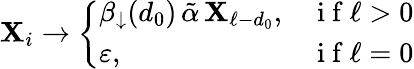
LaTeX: \mathbf{X}_{i}\to\left\{ \begin{array}{ll}{\beta_{\downarrow}(d_{0})\, \tilde{\alpha}\, \mathbf{X}_{\ell-d_{0}},}&{\mathrm{~i~f~}\ell>0}\\ {\varepsilon,}&{\mathrm{~i~f~}\ell=0}\end{array}\right.